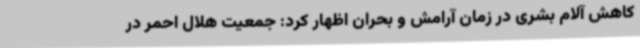
کاهش آلام بشری در زمان آرامش و بحران اظهار کرد: جمعیت هلال احمر در